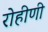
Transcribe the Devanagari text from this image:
रोहीणी